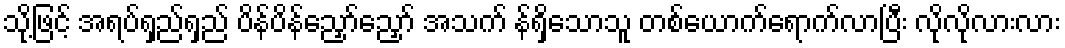
သို့ဖြင့် အရပ်ရှည်ရှည် ပိန်ပိန်ညှော်ညှော် အသက် န်ရှိသောသူ တစ်ယောက်ရောက်လာပြီး လိုလိုလားလား